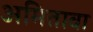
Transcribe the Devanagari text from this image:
अमितावा